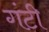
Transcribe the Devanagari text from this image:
गंटी